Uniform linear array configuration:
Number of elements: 16
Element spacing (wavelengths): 0.75
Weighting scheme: blackman
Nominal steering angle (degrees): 30
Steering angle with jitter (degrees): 29.761
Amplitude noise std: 0.05
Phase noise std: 0.05

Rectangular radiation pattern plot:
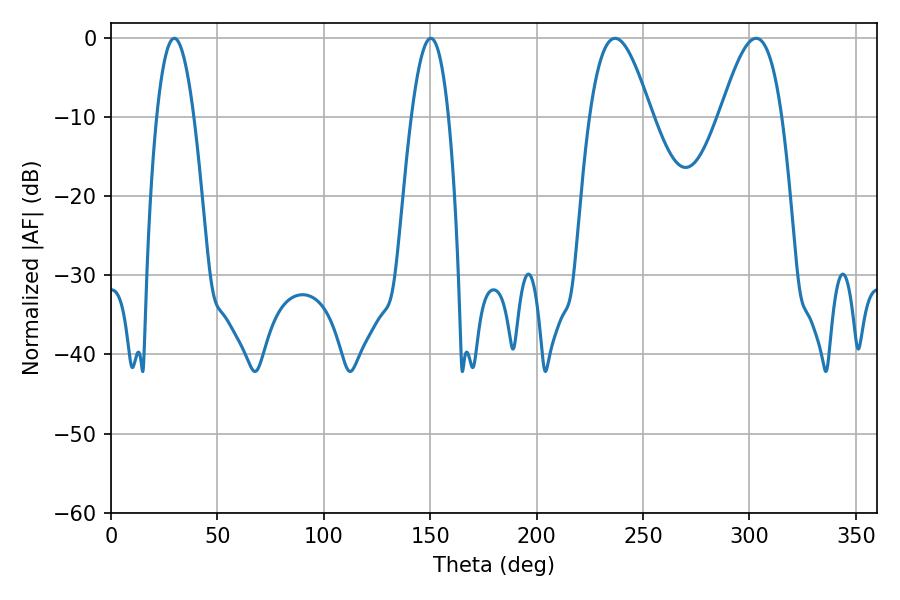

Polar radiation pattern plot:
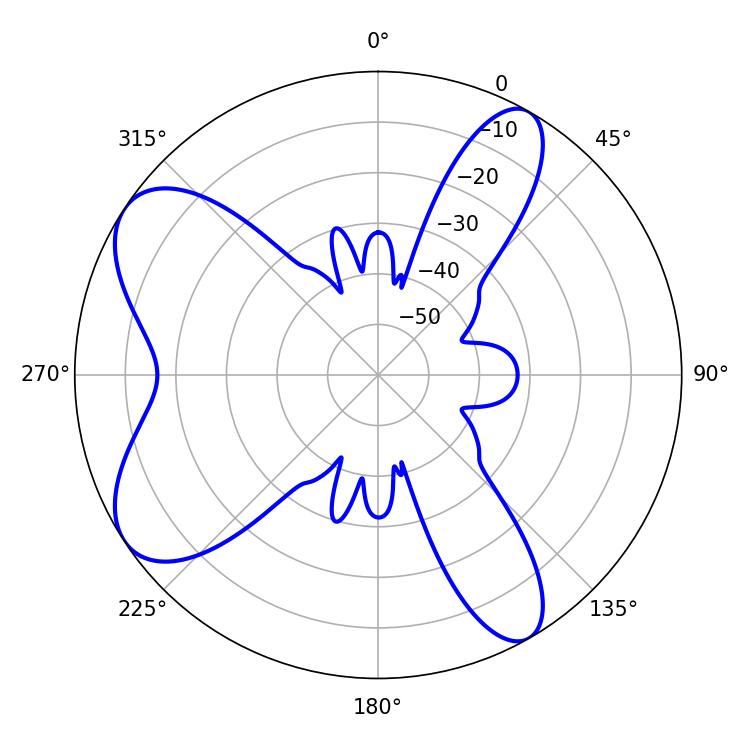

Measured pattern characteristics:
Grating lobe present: TRUE
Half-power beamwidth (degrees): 15.66
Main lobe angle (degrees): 236.88